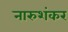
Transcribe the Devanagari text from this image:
नारुशंकर